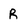
Character: R